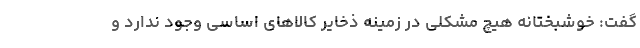
گفت: خوشبختانه هیچ مشکلی در زمینه ذخایر کالاهای اساسی وجود ندارد و